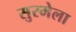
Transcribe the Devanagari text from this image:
सुरमेला